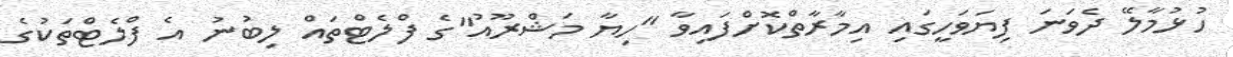
ހުޅުމާލޭ ދެވަނަ ފިޔަވަހީގައި އިމާރާތްކޮށްފައިވާ "ހިޔާ މަޝްރޫއު"ގެ ފްލެޓްތައް ލިބުނު އެ ފްލެޓްތަކުގެ